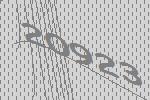
20923